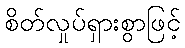
စိတ်လှုပ်ရှားစွာဖြင့်